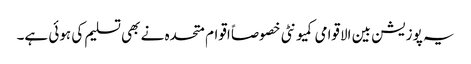
یہ پوزیشن بین الاقوامی کمیونٹی خصوصاً اقوام متحدہ نے بھی تسلیم کی ہوئی ہے۔